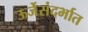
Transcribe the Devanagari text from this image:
ऊर्जेसंदर्भात